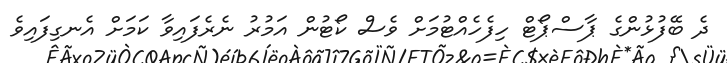
ދެ ބޭފުޅުންގެ ޕާސްޕޯޓް ހިފެހެއްޓުމަށް ވެސް ކޯޓުން އަމުރު ނެރެފައިވާ ކަމަށް އެނގިފައިވެ